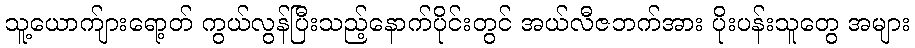
သူ့ယောက်ျားရော့တ် ကွယ်လွန်ပြီးသည့်နောက်ပိုင်းတွင် အယ်လီဇဘက်အား ပိုးပန်းသူတွေ အများ